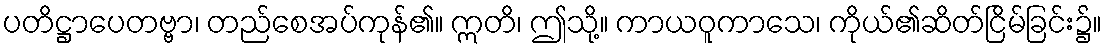
ပတိဋ္ဌာပေတဗ္ဗာ၊ တည်စေအပ်ကုန်၏။ ဣတိ၊ ဤသို့။ ကာယဝူကာသေ၊ ကိုယ်၏ဆိတ်ငြိမ်ခြင်း၌။